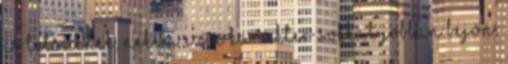
is tetszenek, nekem ez a karakter sokkal jobban bejön,